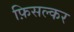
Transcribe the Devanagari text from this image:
फ़िसल्कर